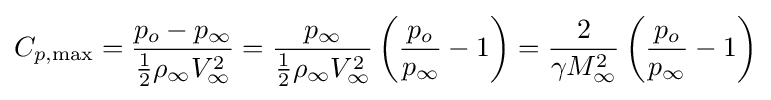
C_{p,\max }={\frac {p_{o}-p_{\infty }}{{\frac {1}{2}}\rho _{\infty }V_{\infty }^{2}}}={\frac {p_{\infty }}{{\frac {1}{2}}\rho _{\infty }V_{\infty }^{2}}}\left({\frac {p_{o}}{p_{\infty }}}-1\right)={\frac {2}{\gamma M_{\infty }^{2}}}\left({\frac {p_{o}}{p_{\infty }}}-1\right)